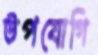
উপযোগি